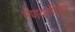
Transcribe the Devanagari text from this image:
मेणवलीकर